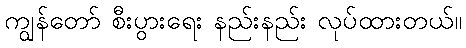
ကျွန်တော် စီးပွားရေး နည်းနည်း လုပ်ထားတယ်။